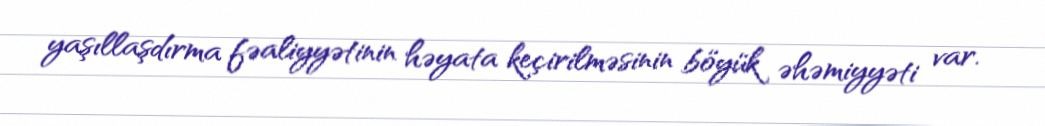
yaşıllaşdırma fəaliyyətinin həyata keçirilməsinin böyük əhəmiyyəti var.